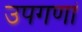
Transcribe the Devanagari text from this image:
उपगणां